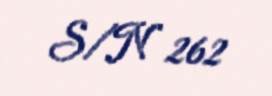
S/N 262